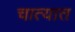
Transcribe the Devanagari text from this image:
चात्यात